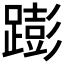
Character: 𰸫